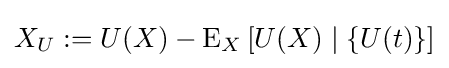
X_{U}:=U(X)-\operatorname {E} _{X}\left[U(X)\mid \left\{U(t)\right\}\right]